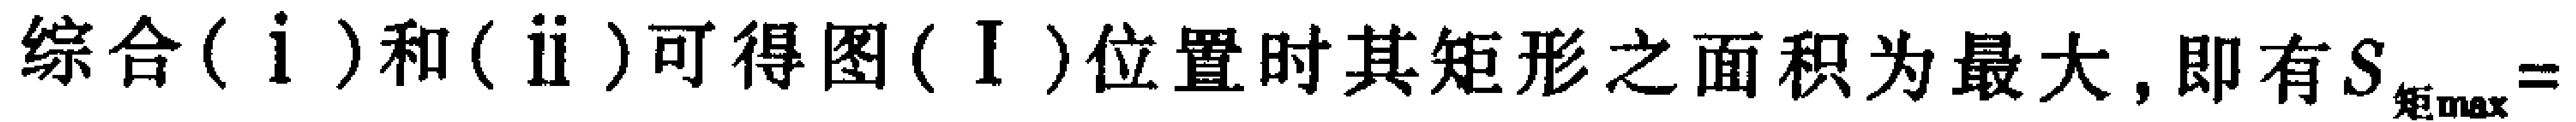
综合(\mathrm{i})和(\mathrm{ii})可得图(\mathrm{I})位置时其矩形之面积为最大, 即有\(S_{矩\max }=\)